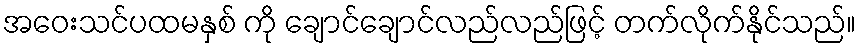
အဝေးသင်ပထမနှစ် ကို ချောင်ချောင်လည်လည်ဖြင့် တက်လိုက်နိုင်သည်။